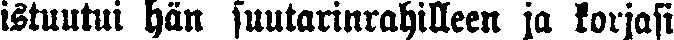
istuutui hän suutarinrahilleen ja korjasi